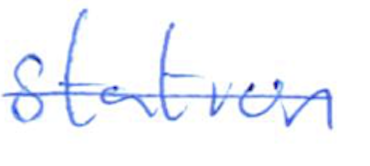
Text: station
Cross-out: single-line
Writing tool: ballpoint